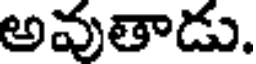
అవుతాడు.